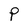
Character: P